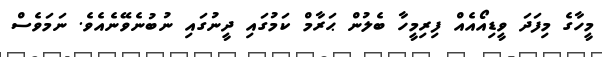
މީހާގެ މިފަދަ ވީޑިއޯއެއް ފިރިމީހާ ބެލުން ޙަރާމް ކަމުގައި ދީނުގައި ނުބުނެވޭނެއެވެ. ނަމަވެސް